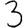
Digit: 3